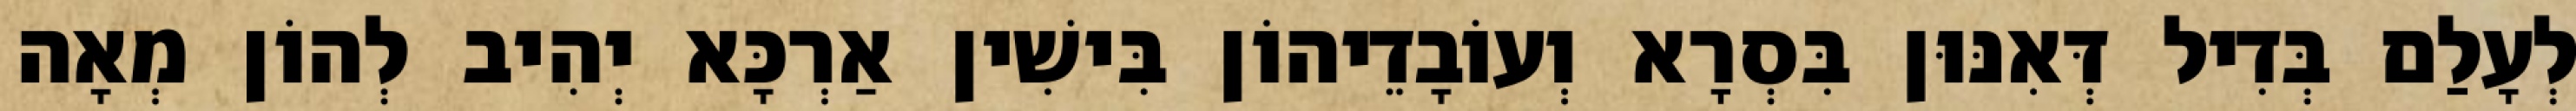
לְעָלַם בְּדִיל דְּאִנּוּן בִּסְרָא וְעוֹבָדֵיהוֹן בִּישִׁין אַרְכָּא יְהִיב לְהוֹן מְאָה